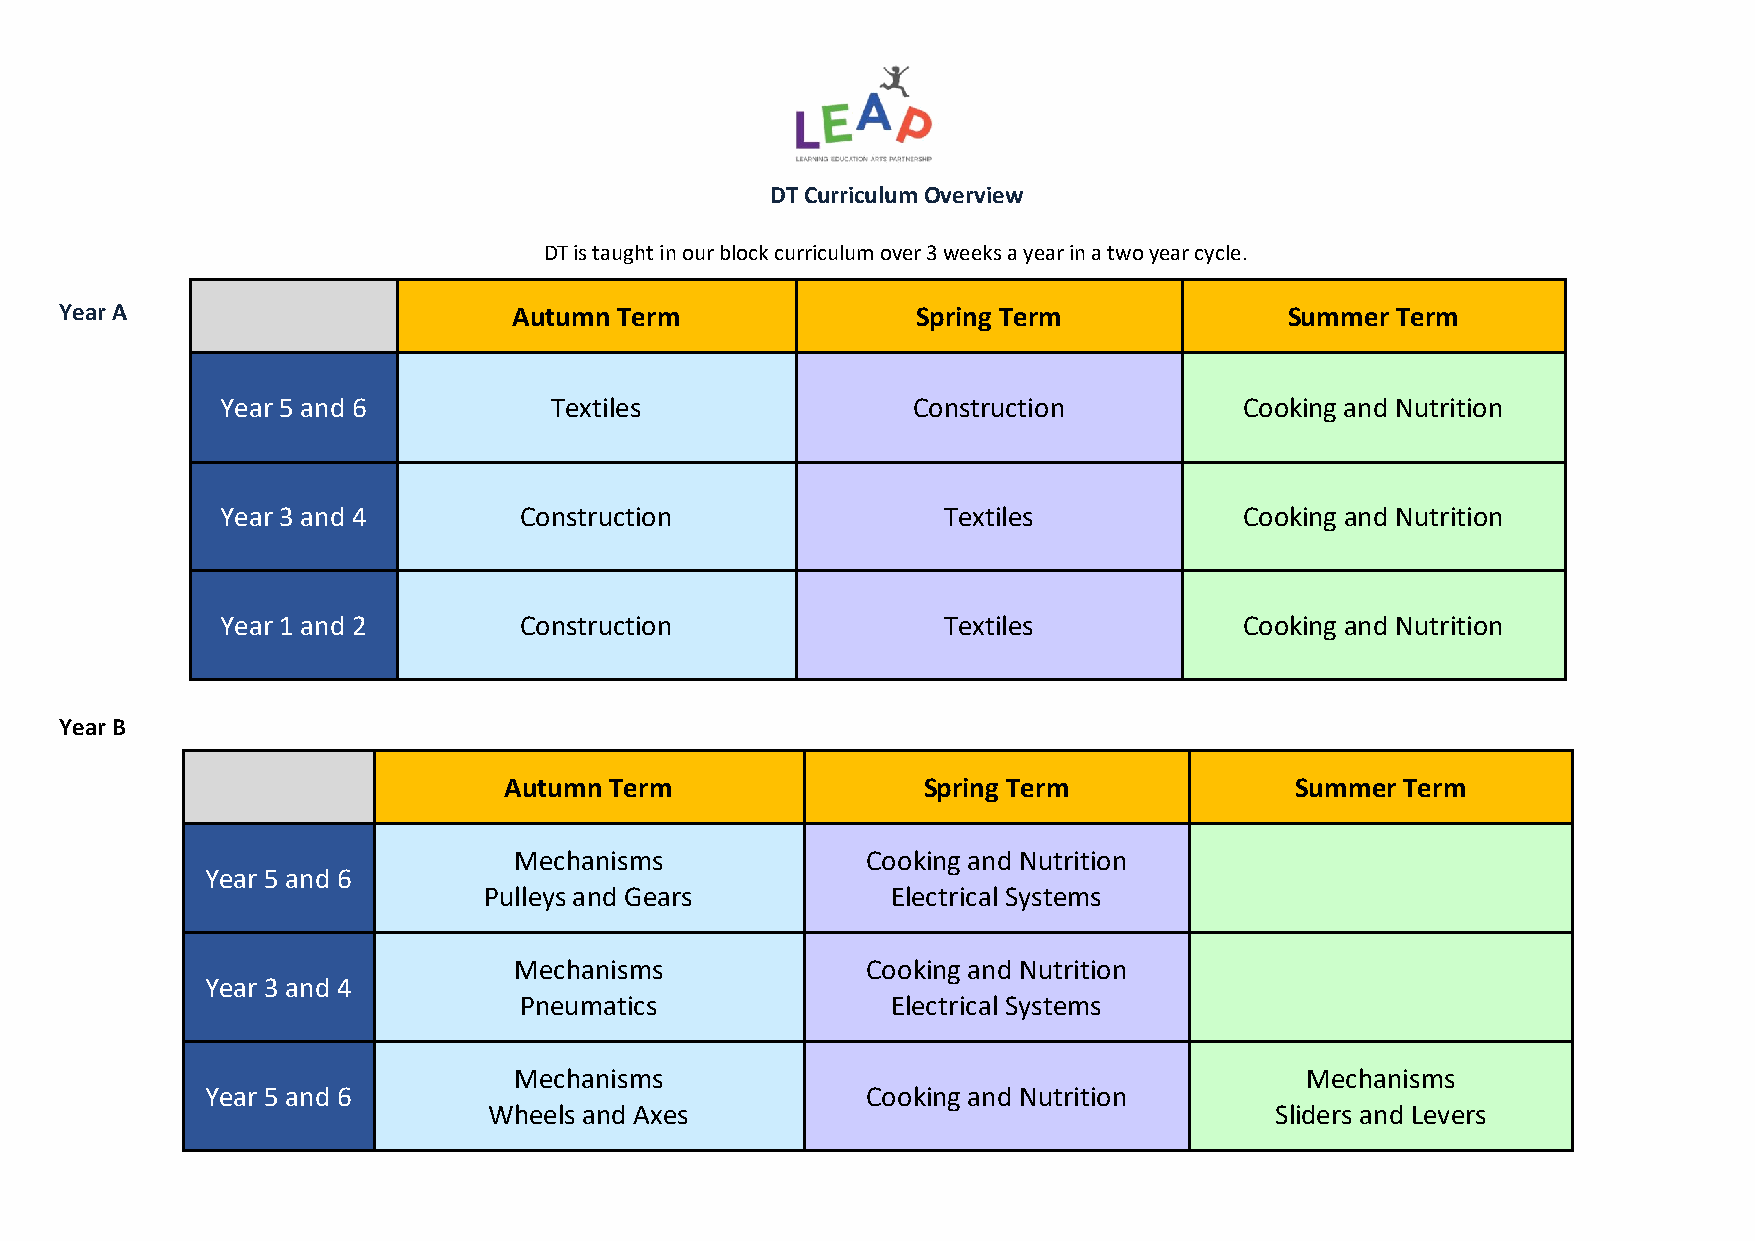
DT Curriculum Overview
 DT is taught in our block curriculum over 3 weeks a year in a two year cycle.
 Year A                        Autumn Term                Spring Term             Summer Term
 Year 5 and 6         Textiles                Construction          Cooking and Nutrition
 Year 3 and 4       Construction                Textiles            Cooking and Nutrition
 Year 1 and 2       Construction                Textiles            Cooking and Nutrition
 Year B
 Autumn Term                 Spring Term              Summer Term
 Mechanisms             Cooking and Nutrition
 Year 5 and 6
 Pulleys and Gears          Electrical Systems
 Mechanisms             Cooking and Nutrition
 Year 3 and 4
 Pneumatics               Electrical Systems
 Mechanisms                                          Mechanisms
 Year 5 and 6                               Cooking and Nutrition
 Wheels and Axes                                     Sliders and Levers